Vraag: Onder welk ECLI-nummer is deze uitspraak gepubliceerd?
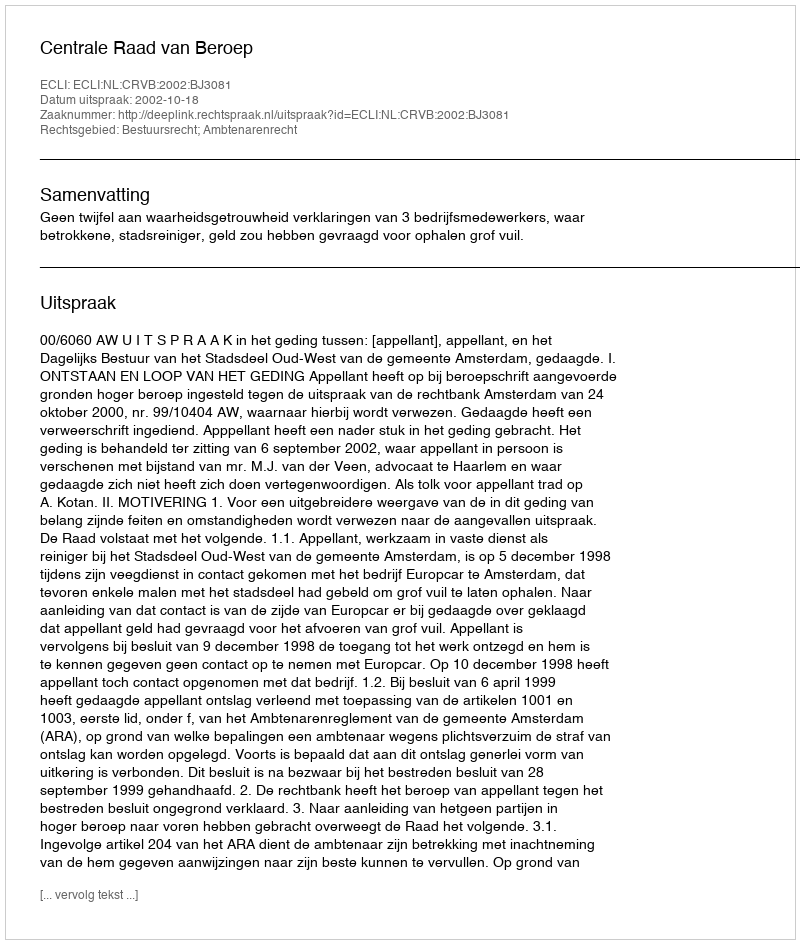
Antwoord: ECLI:NL:CRVB:2002:BJ3081